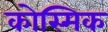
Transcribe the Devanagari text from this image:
कोस्मिक